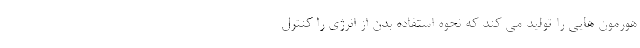
هورمون هایی را تولید می کند که نحوه استفاده بدن از انرژی را کنترل